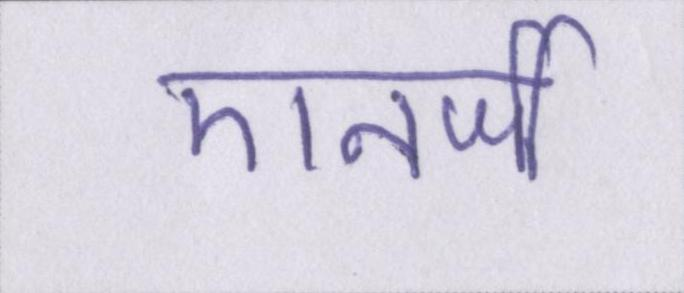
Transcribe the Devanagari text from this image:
एनर्जी